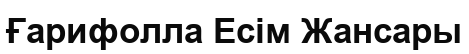
Ғарифолла Есім Жансары